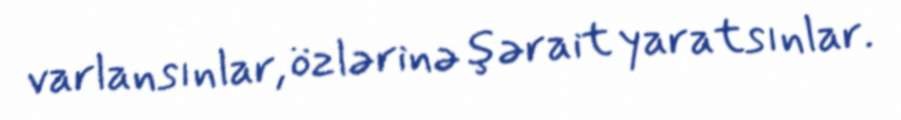
varlansınlar, özlərinə şərait yaratsınlar.